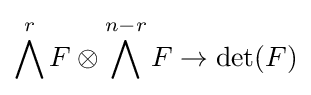
\bigwedge ^{r}F\otimes \bigwedge ^{n-r}F\to \det(F)